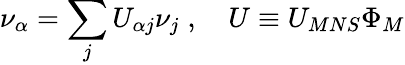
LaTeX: \nu_{\alpha}=\sum_{j}U_{\alpha j}\nu_{j}\; ,\quad U\equiv U_{MNS}\Phi_{M}